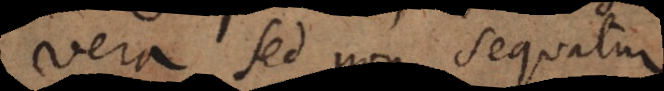
vera sed non sequatur